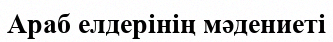
Араб елдерінің мәдениеті